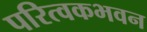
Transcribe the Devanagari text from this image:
परित्वकभवन